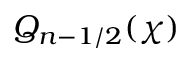
Q _ { n - 1 / 2 } ( \chi )